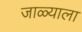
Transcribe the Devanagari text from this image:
जाळ्याला